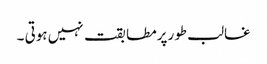
غالب طورپرمطابقت نہیں ہوتی ۔